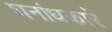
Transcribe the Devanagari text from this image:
घनांधकारें